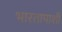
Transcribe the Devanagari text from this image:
भारतापाशी